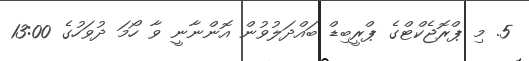
5. މި ޕްރޮޖެކްޓްގެ ޕްރީބިޑް ބައްދަލުވުން އޮންނާނީ ވާ ހޯމަ ދުވަހުގެ 13:00